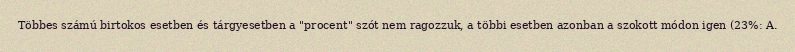
Többes számú birtokos esetben és tárgyesetben a "procent" szót nem ragozzuk, a többi esetben azonban a szokott módon igen (23%: A.